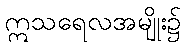
ဣသရေလအမျိုး၌